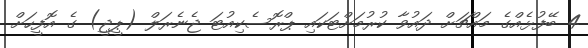
4 ބޭފުޅެއްގެ މައްޗަށް ދައުވާ ކުރުމަށްޓަކައި ޕްރޮސެކިއުޓަ ޖެނެރަލް (ޕީޖީ) ގެ އޮފީހަށް